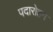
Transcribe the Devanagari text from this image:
पदारोहन